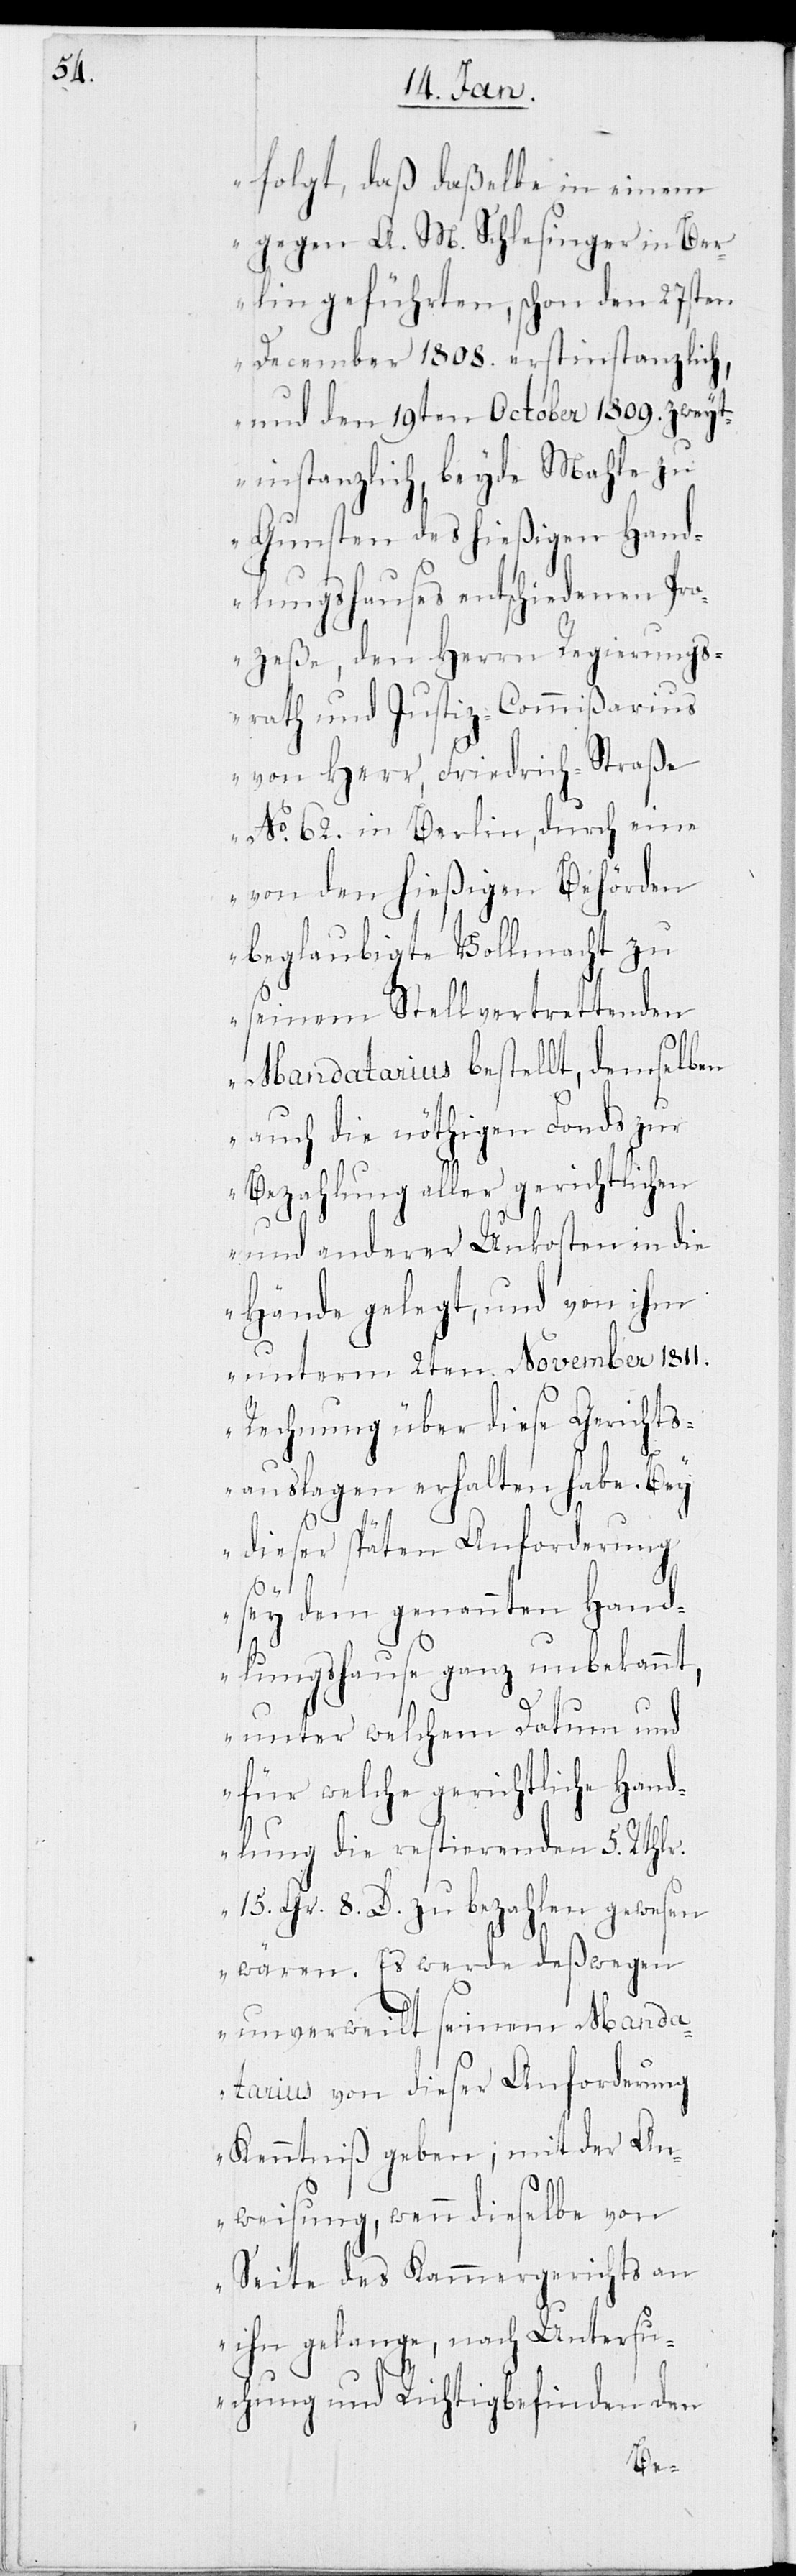
folgt, daß daßelbe in einem
gegen A. M. Schlesinger in Ber¬
lin geführten, schon den 27sten
Dezember 1808. erstinstanzlich,
und den 19ten Oktober 1809. zweyt¬
instanzlich, beyde Mahle zu
Gunsten des hießigen Hand¬
lungshauses entschiedenen Pro¬
zeße, den Herrn Regierung¬
srath und Justiz-Commißarius
von Herr, Friedrich-Straße
No 62. in Berlin, durch eine
von den hießigen Behörden
beglaubigte Vollmacht zu
seinem Stellvertrettenden
Mandatarius bestellt, demselben
auch die nöthigen Fonds zur
Bezahlung aller gerichtlichen
und anderer Unkosten in die
Hände gelegt, und von ihm
unterm 2ten November 1811.
Rechnung über diese Gerichts¬
auslagen erhalten habe. Bey
dieser späten Anforderung
sey dem genannten Hand¬
lungshause ganz unbekannt,
unter welchem Datum und
für welche gerichtliche Hand¬
lung die restierenden 5. Rthlr.
15. Gr. 8. D. zu bezahlen gewesen
wären. Es werde deßwegen
unverweilt seinem Manda¬
tarius von dieser Anforderung
Kenntniß geben; mit der An¬
weisung, wenn dieselbe von
Seite des Kammergerichts an
ihn gelange, nach Untersu¬
chung und Richtigbefinden den